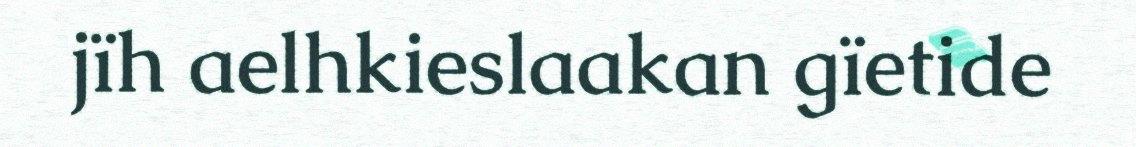
jïh aelhkieslaakan gïetide